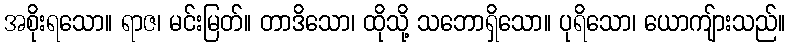
အစိုးရသော။ ရာဇ၊ မင်းမြတ်။ တာဒိသော၊ ထိုသို့ သဘောရှိသော။ ပုရိသော၊ ယောကျ်ားသည်။